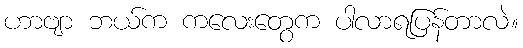
ဟာဗျာ ဘယ်က ကလေးတွေက ပါလာရပြန်တာလဲ။